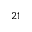
2 1